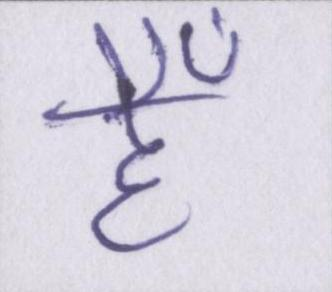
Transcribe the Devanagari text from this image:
हैँ